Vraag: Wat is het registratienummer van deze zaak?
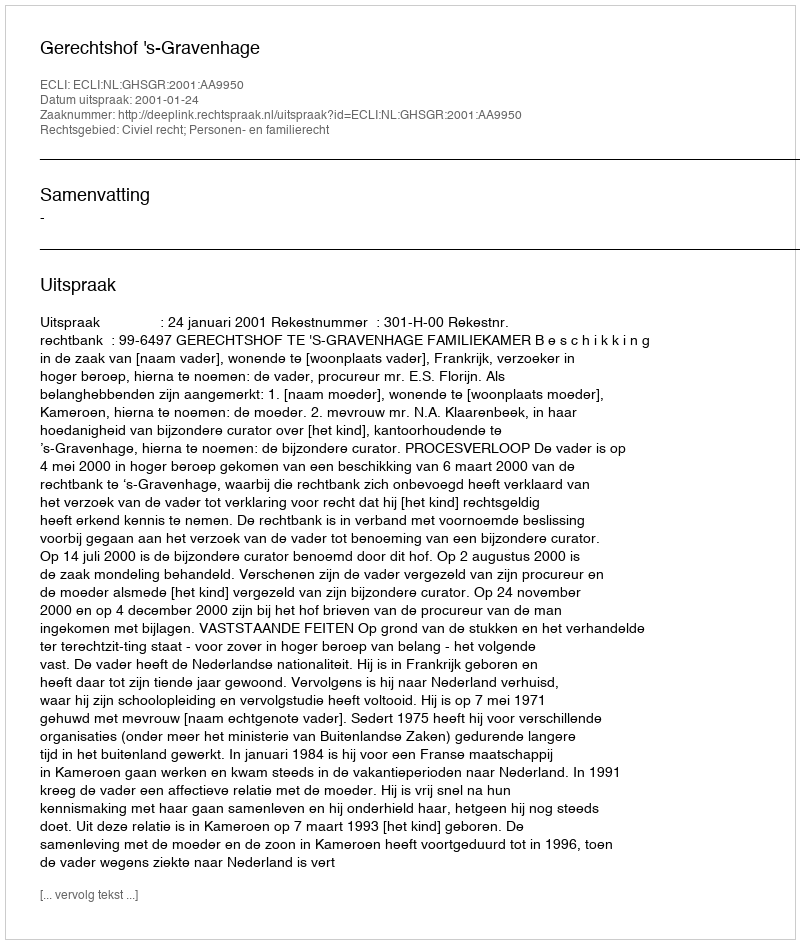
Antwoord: http://deeplink.rechtspraak.nl/uitspraak?id=ECLI:NL:GHSGR:2001:AA9950